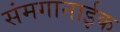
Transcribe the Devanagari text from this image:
संमगानाईक